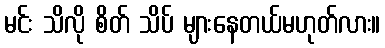
မင်း သိလို စိတ် သိပ် များနေတယ်မဟုတ်လား။